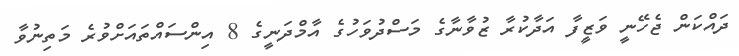
ދައްކަން ޖެހޭނީ ވަޒީފާ އަދާކުރާ ޒުވާނާގެ މަސްދުވަހުގެ އާމްދަނީގެ 8 އިންސައްތައަށްވުރެ މަތިނުވާ